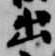
出